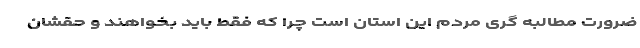
ضرورت مطالبه گری مردم این استان است چرا که فقط باید بخواهند و حقشان